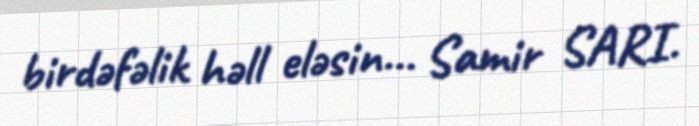
birdəfəlik həll eləsin... Samir SARI.